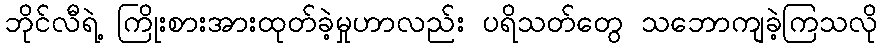
ဘိုင်လီရဲ့ ကြိုးစားအားထုတ်ခဲ့မှုဟာလည်း ပရိသတ်တွေ သဘောကျခဲ့ကြသလို